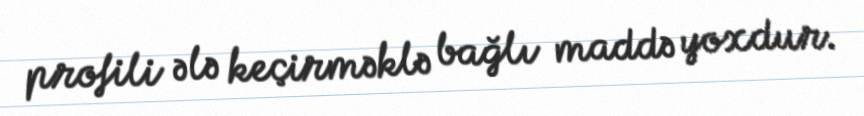
profili ələ keçirməklə bağlı maddə yoxdur.